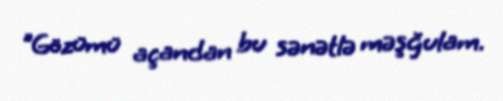
"Gözümü açandan bu sənətlə məşğulam.